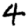
Digit: 4